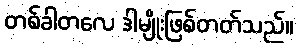
တစ်ခါတလေ ဒါမျိုးဖြစ်တတ်သည်။